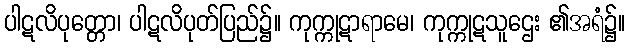
ပါဋလိပုတ္တော၊ ပါဋလိပုတ်ပြည်၌။ ကုက္ကုဋာရာမေ၊ ကုက္ကုဋသူဌေး ၏အရံ၌။